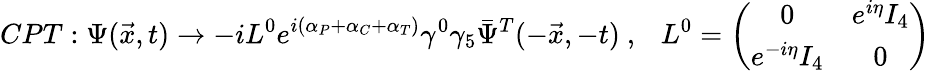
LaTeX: CPT:\Psi(\vec{x},t)\rightarrow-iL^{0}e^{i(\alpha_{P}+\alpha_{C}+\alpha_{T})}\gamma^{0}\gamma_{5}\bar{\Psi}^{T}(-\vec{x},-t)~,~~~L^{0}=\left(\begin{array}{cc}{{0}}&{{e^{i\eta}I_{4}}}\\ {{e^{-i\eta}I_{4}}}&{{0}}\end{array}\right)